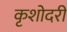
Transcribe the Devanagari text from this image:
कृशोदरी